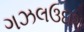
ગઝલઉદાશ